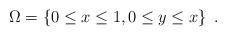
LaTeX: \begin{align*}\Omega=\left\{0 \leq x \leq 1,0\leq y \leq x\right\} \;.\end{align*}